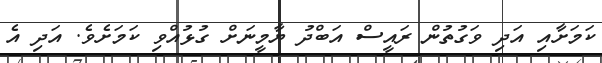
ކަމަށާއި އަދި ވަގުތުން ރައީސް އަބްދު ޔާމީނަށް ގުޅުއްވި ކަމަށެވެ. އަދި އެ